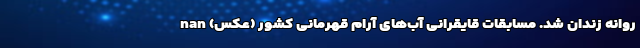
روانه زندان شد. مسابقات قایقرانی آب‌های آرام قهرمانی کشور (عکس) nan